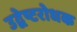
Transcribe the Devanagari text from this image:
उद्वेष्टरोधक